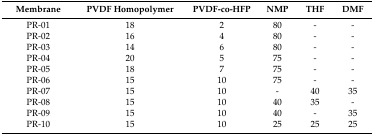
<table><thead><tr><td><b>Membrane</b></td><td><b>PVDF Homopolymer</b></td><td><b>PVDF-co-HFP</b></td><td><b>NMP</b></td><td><b>THF</b></td><td><b>DMF</b></td></tr></thead><tbody><tr><td>PR-01</td><td>18</td><td>2</td><td>80</td><td>-</td><td>-</td></tr><tr><td>PR-02</td><td>16</td><td>4</td><td>80</td><td>-</td><td>-</td></tr><tr><td>PR-03</td><td>14</td><td>6</td><td>80</td><td>-</td><td>-</td></tr><tr><td>PR-04</td><td>20</td><td>5</td><td>75</td><td>-</td><td>-</td></tr><tr><td>PR-05</td><td>18</td><td>7</td><td>75</td><td>-</td><td>-</td></tr><tr><td>PR-06</td><td>15</td><td>10</td><td>75</td><td>-</td><td>-</td></tr><tr><td>PR-07</td><td>15</td><td>10</td><td>-</td><td>40</td><td>35</td></tr><tr><td>PR-08</td><td>15</td><td>10</td><td>40</td><td>35</td><td>-</td></tr><tr><td>PR-09</td><td>15</td><td>10</td><td>40</td><td>-</td><td>35</td></tr><tr><td>PR-10</td><td>15</td><td>10</td><td>25</td><td>25</td><td>25</td></tr></tbody></table>